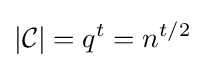
|{\mathcal {C}}|=q^{t}=n^{t/2}